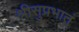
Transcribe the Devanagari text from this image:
श्रीसुप्रभातं